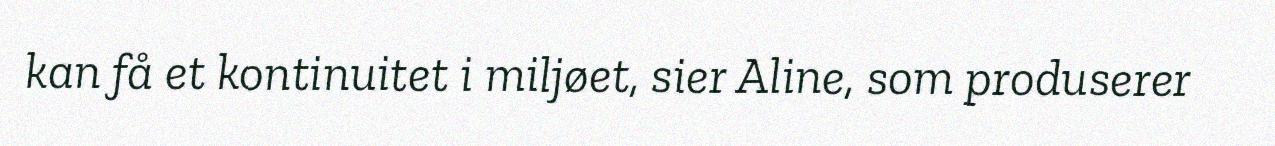
kan få et kontinuitet i miljøet, sier Aline, som produserer